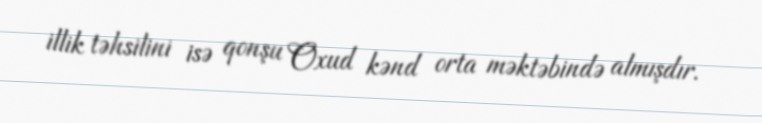
illik təhsilini isə qonşu Oxud kənd orta məktəbində almışdır.